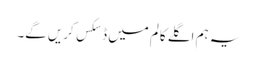
یہ ہم اگلے کالم میں ڈسکس کریں گے۔